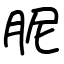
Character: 胒